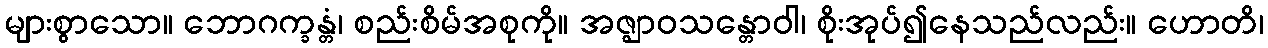
များစွာသော။ ဘောဂက္ခန္တံ၊ စည်းစိမ်အစုကို။ အဇ္ဈာဝသန္တောဝါ၊ စိုးအုပ်၍နေသည်လည်း။ ဟောတိ၊